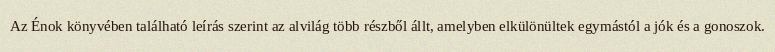
Az Énok könyvében található leírás szerint az alvilág több részből állt, amelyben elkülönültek egymástól a jók és a gonoszok.